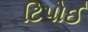
ટિપોઈ